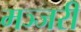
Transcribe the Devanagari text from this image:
मञ्जरी